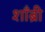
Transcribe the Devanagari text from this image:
शाँब्री